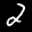
Label: 2